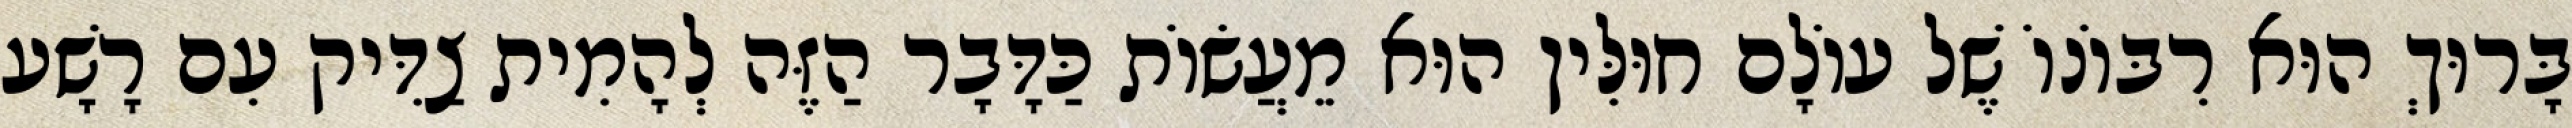
בָּרוּךְ הוּא רִבּוֹנוֹ שֶׁל עוֹלָם חוּלִּין הוּא מֵעֲשׂוֹת כַּדָּבָר הַזֶּה לְהָמִית צַדִּיק עִם רָשָׁע